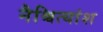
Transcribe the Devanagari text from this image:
नैश्चित्यांश